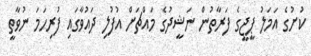
ކުށުގެ އަމަލު ޕީޖީގެ ފަރާތުން ނަޝީދުގެ މައްޗަށް އުފުލި ދައުވާގައި ފުރިހަމަ ނުވާތީ